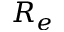
R _ { e }